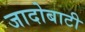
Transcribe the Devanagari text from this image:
जादोबाटी